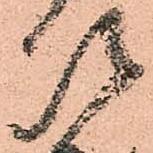
次